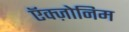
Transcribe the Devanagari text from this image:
ऍक्ज़ोनिम